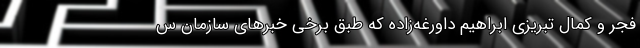
فجر و کمال تبریزی ابراهیم داورغه‌زاده که طبق برخی خبرهای سازمان س